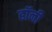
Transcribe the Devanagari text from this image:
हॉनी